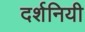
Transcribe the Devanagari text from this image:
दर्शनियी